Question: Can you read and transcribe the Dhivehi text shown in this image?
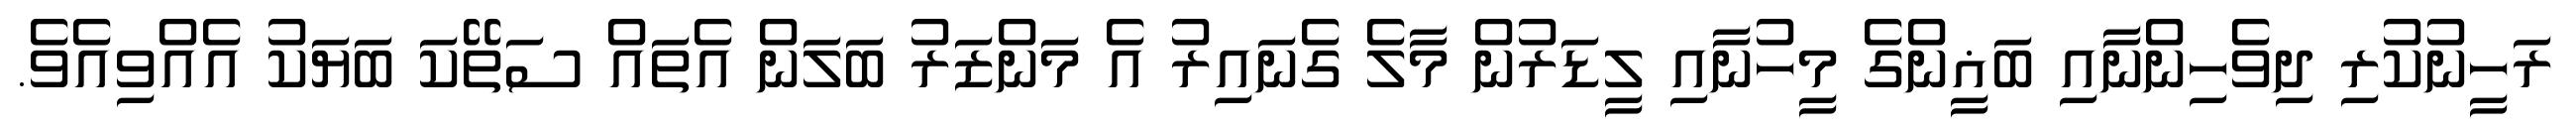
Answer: ރަހީނުކުރި ދިވެހިންނާއި ބަޣީންގެ މީހުނާއި ލީޑަރުން މާލެ ގެނައިރު އެ މަންޒަރު ބަލަން އެތައް ސަތޭކަ ބަޔަކު އެއްވިއެވެ.